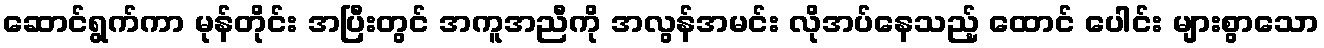
ဆောင်ရွက်ကာ မုန်တိုင်း အပြီးတွင် အကူအညီကို အလွန်အမင်း လိုအပ်နေသည့် ထောင် ပေါင်း များစွာသော